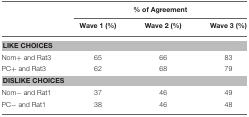
<table><thead><tr><td></td><td colspan="3"><b>% of Agreement</b></td></tr><tr><td></td><td><b>Wave 1 (%)</b></td><td><b>Wave 2 (%)</b></td><td><b>Wave 3 (%)</b></td></tr></thead><tbody><tr><td colspan="4"><b>LIKE CHOICES</b></td></tr><tr><td>Nom+ and Rat3</td><td>65</td><td>66</td><td>83</td></tr><tr><td>PC+ and Rat3</td><td>62</td><td>68</td><td>79</td></tr><tr><td colspan="4"><b>DISLIKE CHOICES</b></td></tr><tr><td>Nom− and Rat1</td><td>37</td><td>46</td><td>49</td></tr><tr><td>PC− and Rat1</td><td>38</td><td>46</td><td>48</td></tr></tbody></table>